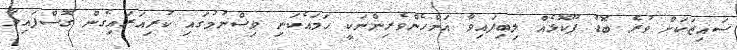
ސައިޒަކަށް ވުރެ ބޮޑު ފޫކޮޅެއް ލިބިފައިވާ އަންހެންވެރިންނަކީ ހަމައެކަނި ވިސްނުމުގައި ކުރިއަރައިގެން ގޮސްފައިވާ